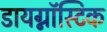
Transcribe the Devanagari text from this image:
डायग्नॉस्टिक